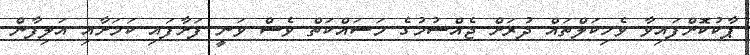
ޕާކުކޮށްފައިވާ ވެހިކަލްތައް ދުރަށް ޖެއްސުމުގެ މަސައްކަތް ވެސް ވަނީ ފަށާފައި ކަމަށާއި އަލިފާން